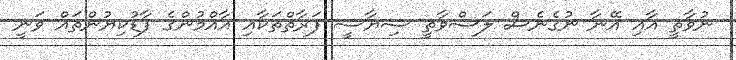
ނުވާތީ އާއި އޭނާ ނުގެނެސް ލަސްވާތީ ސިޔާސީ ފަރާތްތަކާއި އާއްމުންގެ ފާޑުކިޔުންތައް ވަނީ